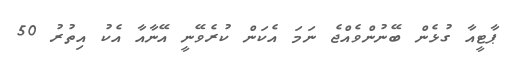
ޕާޓީއާ ގުޅެން ބޭނުންވެއްޖެ ނަމަ އެކަން ކުރެވޭނީ އޭނާއާ އެކު އިތުރު 50